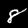
Digit: 8